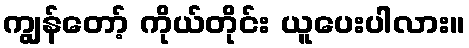
ကျွန်တော့် ကိုယ်တိုင်း ယူပေးပါလား။